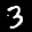
Label: 3